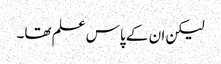
لیکن ان کے پاس علم تھا۔